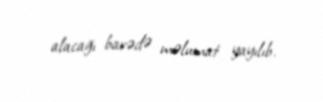
alacağı barədə məlumat yayılıb.